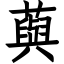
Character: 藇